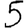
Digit: 5